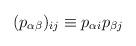
LaTeX: \begin{align*}(p_{\alpha \beta})_{ij} \equiv p_{\alpha i} p_{\beta j}\end{align*}